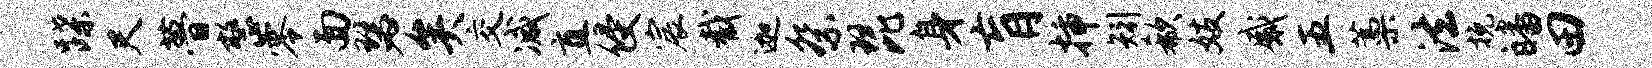
蹀尺瞢整零面瑟矣交减直侵宸截迦祭琵身肓插矧欷妓感五藁法挽皤田